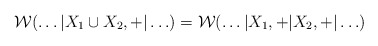
\begin{align*}{\cal W} (\ldots |X_1 \cup X_2, +|\ldots ) = {\cal W} (\ldots |X_1 ,+|X_2 ,+|\ldots)\end{align*}